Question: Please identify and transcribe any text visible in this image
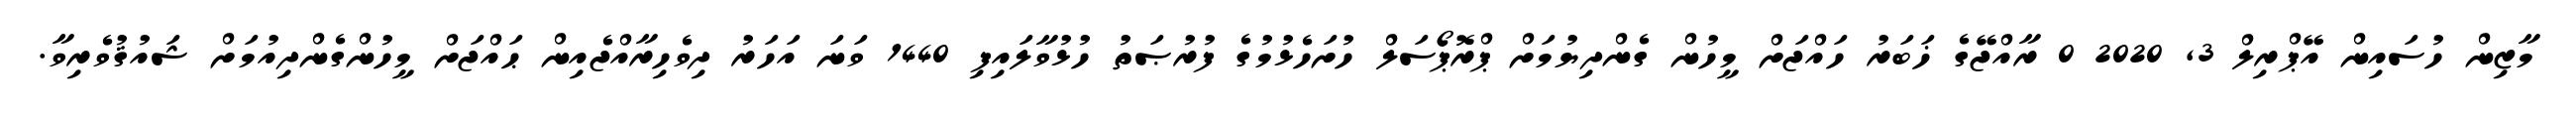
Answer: މާޒިން ހުސައިން އޭޕްރިލް 3, 2020 0 ރާއްޖޭގެ ޚަބަރު ހައްޖަށް މީހުން ގެންދިޔުމަށް ޕްރޮޕޯސަލް ހުށަހެޅުމުގެ ފުރުޞަތު ހުޅުވާލައިފި 1440 ވަނަ އަހަރު ދިވެހިރާއްޖެއިން ޙައްޖަށް މީހުންގެންދިއުމަށް ޝައުޤުވެރިވާ.